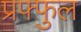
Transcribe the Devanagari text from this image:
प्रफ्फुल